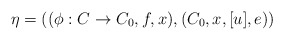
\begin{align*}\eta=((\phi:C\rightarrow C_0,f,x),(C_0,x,[u],e))\end{align*}